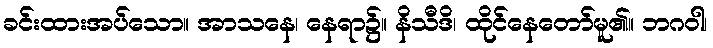
ခင်းထားအပ်သော။ အာသနေ၊ နေရာ၌။ နိသီဒိ၊ ထိုင်နေတော်မူ၏။ ဘဂဝါ၊